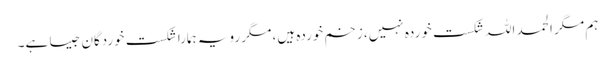
ہم مگر الحمد اللہ شکست خوردہ نہیں، زخم خوردہ ہیں، مگر رویہ ہمارا شکست خوردگان جیسا ہے۔